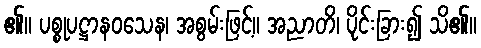
၏။ ပစ္စုပဋ္ဌာနဝသေန၊ အစွမ်းဖြင့်။ အညာတိ၊ ပိုင်းခြား၍ သိ၏။